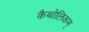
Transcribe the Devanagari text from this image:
कैथोलिकम्